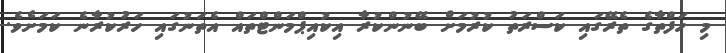
މި ހަފްތާގެ ތެރޭގައި ކަސްރަތު ކުރުމަށް ބޭނުންކުރާ އިކުއިޕްމަންޓްތައް އެތަނުގައި ހަރުކުރާނެ ކަމަށެވެ.